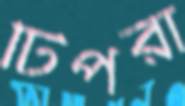
টিপরা